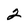
Character: 2